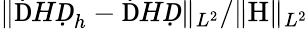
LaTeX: \| {\mathrm ḊHḌ}_{h}-{\mathrm ḊHḌ}\| _{L^{2}}/\| \mathrm{H}\| _{L^{2}}